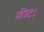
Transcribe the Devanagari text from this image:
फ़ीट।